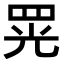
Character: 𦊫